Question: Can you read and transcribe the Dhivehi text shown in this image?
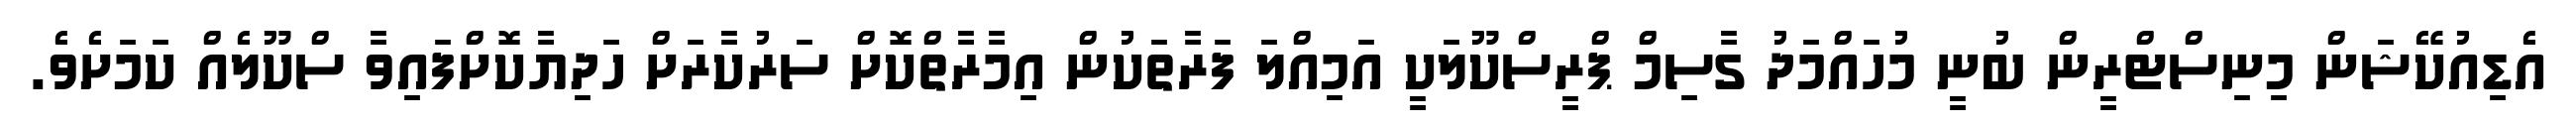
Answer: އެޑިއުކޭޝަން މިނިސްޓްރީން ބުނީ މުހައްމަދު ގާސިމް ޕްރީސްކޫލަކީ އަމިއްލަ ފަރާތަކުން އިމާރާތްކޮށް ސަރުކާރަށް ހަދިޔާކޮށްފައިވާ ސްކޫލެއް ކަމަށެވެ.